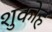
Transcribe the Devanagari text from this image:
शुकोह